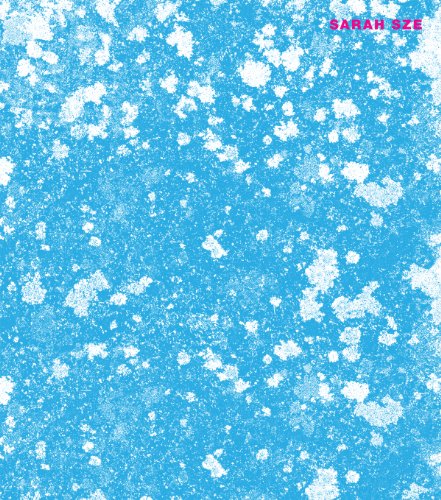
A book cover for Sarah Sze at The Fabric Workshop and Museum; Arthur Danto; Arts & Photography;